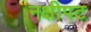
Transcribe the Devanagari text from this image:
नक्षीपट